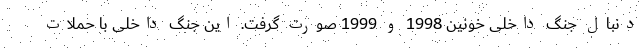
دنبال جنگ داخلی خونین 1998 و 1999 صورت گرفت. این جنگ داخلی با حملات